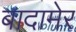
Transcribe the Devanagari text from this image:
बादामेर